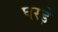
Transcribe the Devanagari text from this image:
घरड़े